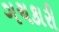
ગચકારી